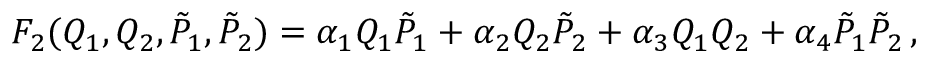
\begin{array} { r } { F _ { 2 } ( Q _ { 1 } , Q _ { 2 } , \tilde { P } _ { 1 } , \tilde { P } _ { 2 } ) = \alpha _ { 1 } Q _ { 1 } \tilde { P } _ { 1 } + \alpha _ { 2 } Q _ { 2 } \tilde { P } _ { 2 } + \alpha _ { 3 } Q _ { 1 } Q _ { 2 } + \alpha _ { 4 } \tilde { P } _ { 1 } \tilde { P } _ { 2 } \, , } \end{array}